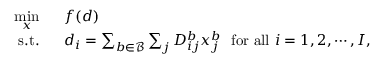
\begin{array} { r l } { \underset { x } { \operatorname* { m i n } } \ \ } & { { } f ( d ) } \\ { \mathrm { s . t . } \ \ } & { { } d _ { i } = \sum _ { b \in \mathcal { B } } \sum _ { j } D _ { i j } ^ { b } x _ { j } ^ { b } \ \ \mathrm { f o r \ a l l \ } i = 1 , 2 , \cdots , I , } \end{array}